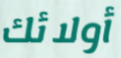
أولائك